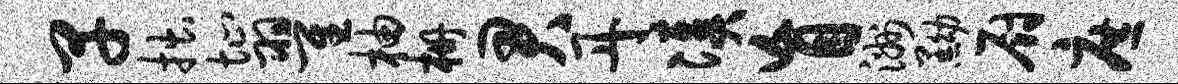
早拙址翟柚栅君丹凑盲洲黝厨庶